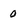
Character: 0